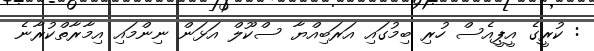
: ކުރީގެ އީޕީއެސް ހުރި ބިމުގައި އަރަބިއްޔާ ސްކޫލް އަޅަން ނިންމައި އިމާރާތްކުރާނެ